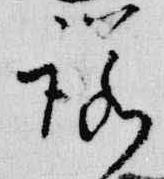
諾